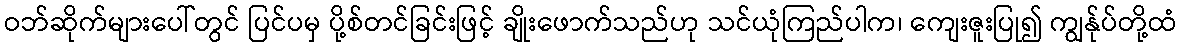
ဝဘ်ဆိုက်များပေါ်တွင် ပြင်ပမှ ပို့စ်တင်ခြင်းဖြင့် ချိုးဖောက်သည်ဟု သင်ယုံကြည်ပါက၊ ကျေးဇူးပြု၍ ကျွန်ုပ်တို့ထံ